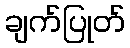
ချက်ပြုတ်